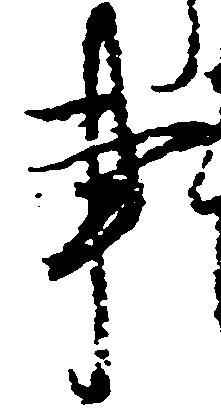
事